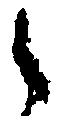
々